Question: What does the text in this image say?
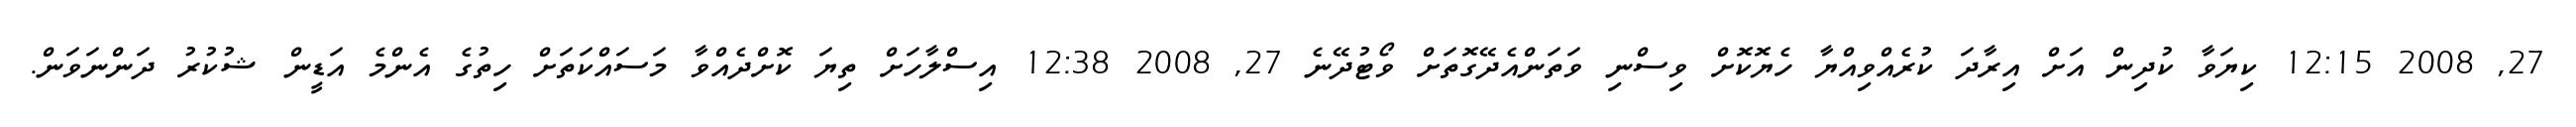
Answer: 27, 2008 12:15 ކިޔަވާ ކުދިން އަށް އިރާދަ ކުރެއްވިއްޔާ ހެޔޮކޮށް ވިސްނި ވަތަންއެދޭގޮތަށް ވޯޓުދޭނެ 27, 2008 12:38 އިސްލާހަށް ތިޔަ ކޮށްދެއްވާ މަސައްކަތަށް ހިތުގެ އެންމެ އަޑީން ޝުކުރު ދަންނަވަން.